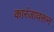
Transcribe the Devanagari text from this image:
कारंजावरून